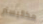
مكاليستر